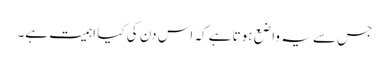
جس سے یہ واضع ہوتا ہے کہ اس دن کی کیا اہمیت ہے۔